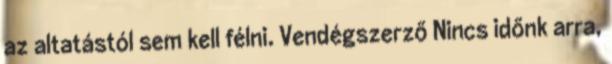
az altatástól sem kell félni. Vendégszerző Nincs időnk arra,